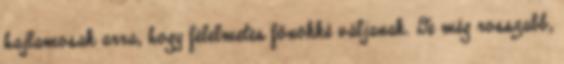
hajlamosak arra, hogy félelmetes főnökké váljanak. De még rosszabb,